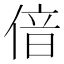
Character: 偣